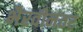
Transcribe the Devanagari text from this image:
भैरवीनंतर